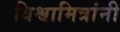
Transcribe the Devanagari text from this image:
विश्वामित्रांनी